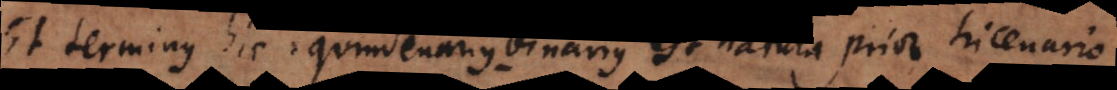
Et terminus hic quindenarius-binarius est natura prior tricenario.